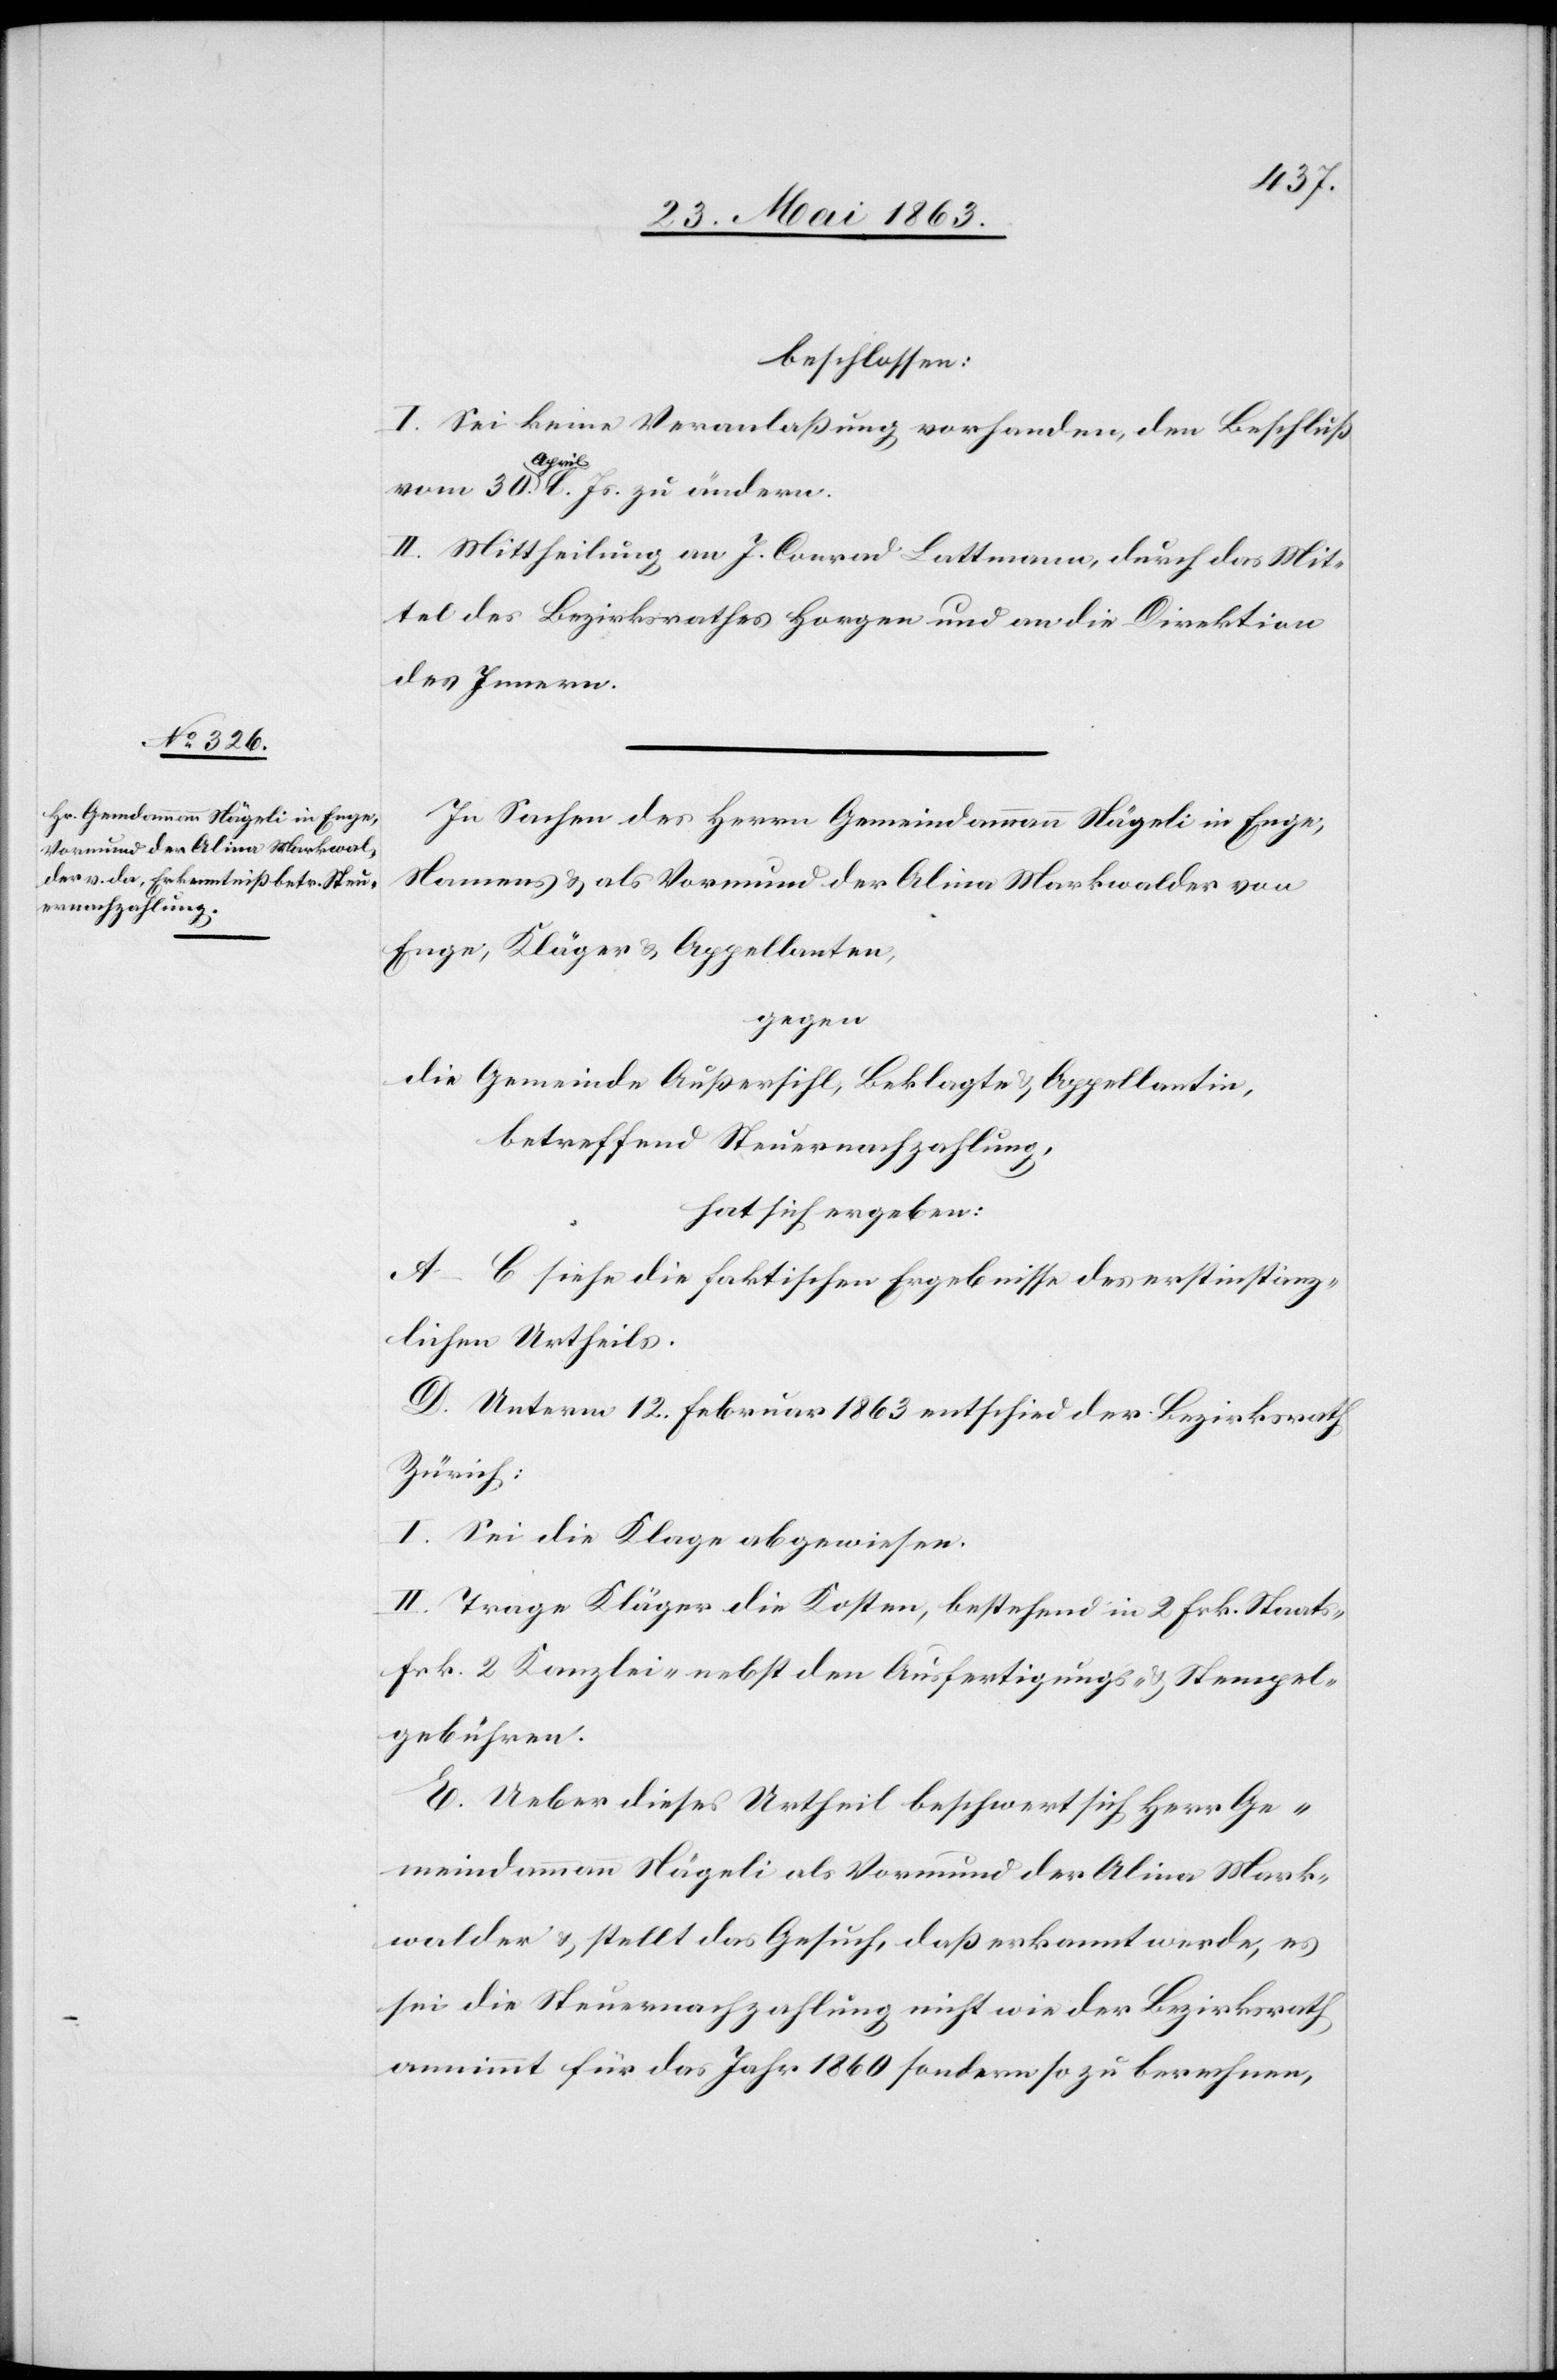
beschlossen:
I. Sei keine Veranlaßung vorhanden, den Beschluß
vom 30. April l. Js. zu ändern.
II. Mittheilung an J. Conrad [sic!] Lattmann, durch das Mit¬
tel des Bezirksrathes Horgen und an die Direktion
des Innern.
In Sachen des Herrn Gemeindammann Nägeli in Enge,
Namens & als Vormund der Alina Markwalder von
Enge, Kläger & Appellanten,
gegen
die Gemeinde Außersihl, Beklagte & Appellantin,
betreffend Steuernachzahlung,
hat sich ergeben:
A–C siehe die faktischen Ergebnisse des erstinstanz¬
lichen Urtheils.
D. Unterm 12. Februar 1863 entschied der Bezirksrath
Zürich:
I. Sei die Klage abgewiesen.
II. Trage Kläger die Kosten, bestehend in 2 Frk. Staats-[,]
Frk. 2 Kanzlei- nebst den Ausfertigungs- & Stempel¬
gebühren.
E. Ueber dieses Urtheil beschwert sich Herr Ge¬
meindammann Nägeli als Vormund der Alina Mark¬
walder & stellt das Gesuch, daß anerkannt werde, es
für die Steuernachzahlung nicht wie der Bezirksrath
annimmt für das Jahr 1860 sondern so zu berechnen,